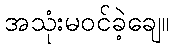
အသုံးမဝင်ခဲ့ချေ။